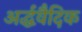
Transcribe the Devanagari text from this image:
अर्द्धवैदिक